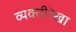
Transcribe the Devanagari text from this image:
व्यक्तीरेखा